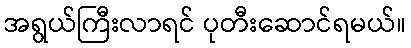
အရွယ်ကြီးလာရင် ပုတီးဆောင်ရမယ်။